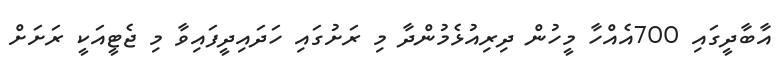
އާބާދީގައި 700އެއްހާ މީހުން ދިރިއުޅެމުންދާ މި ރަށުގައި ހަދައިދީފައިވާ މި ޖެޓީއަކީ ރަށަށް